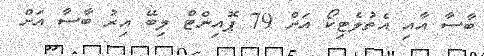
ބާސާ އާއި އެތުލެޓިކޯ އަށް 79 ޕޮއިންޓް ލިބޭ އިރު ބާސާ އަށް